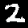
Digit: 2